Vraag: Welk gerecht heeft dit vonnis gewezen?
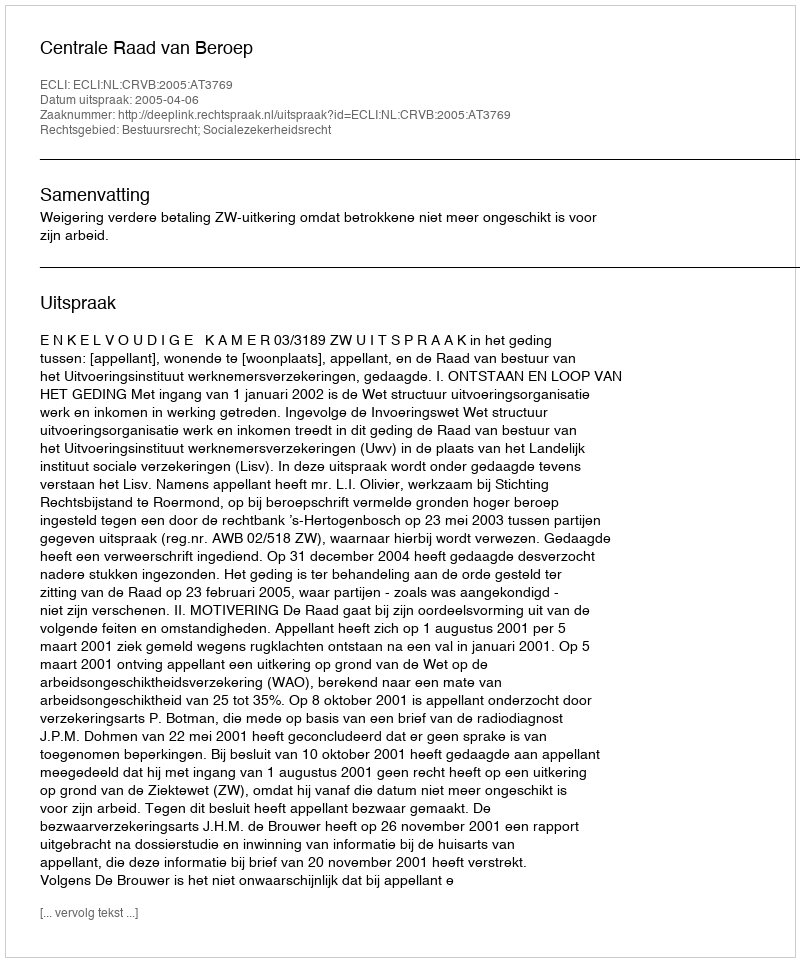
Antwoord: Centrale Raad van Beroep